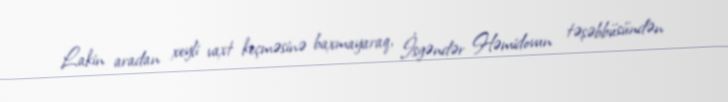
Lakin aradan xeyli vaxt keçməsinə baxmayaraq, İsgəndər Həmidovun təşəbbüsündən